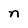
Character: n